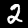
Digit: 2